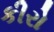
કીરો